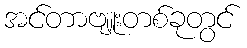
အင်တာဗျူးတစ်ခုတွင်